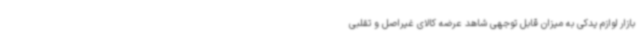
بازار لوازم یدکی به میزان قابل توجهی شاهد عرضه کالای غیراصل و تقلبی